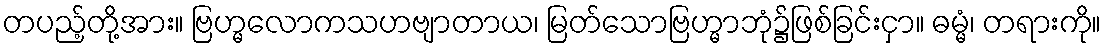
တပည့်တို့အား။ ဗြဟ္မလောကသဟဗျာတာယ၊ မြတ်သောဗြဟ္မာဘုံ၌ဖြစ်ခြင်းငှာ။ ဓမ္မံ၊ တရားကို။